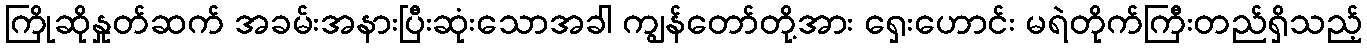
ကြိုဆိုနှုတ်ဆက် အခမ်းအနားပြီးဆုံးသောအခါ ကျွန်တော်တို့အား ရှေးဟောင်း မရဲတိုက်ကြီးတည်ရှိသည့်